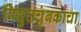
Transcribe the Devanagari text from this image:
विद्युतचुंबकाचा